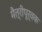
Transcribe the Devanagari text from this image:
मैत्रीपूर्वक